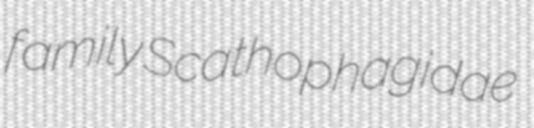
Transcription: family Scathophagidae